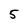
Character: 5